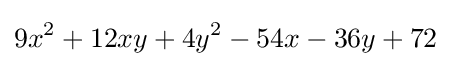
9x^{2}+12xy+4y^{2}-54x-36y+72